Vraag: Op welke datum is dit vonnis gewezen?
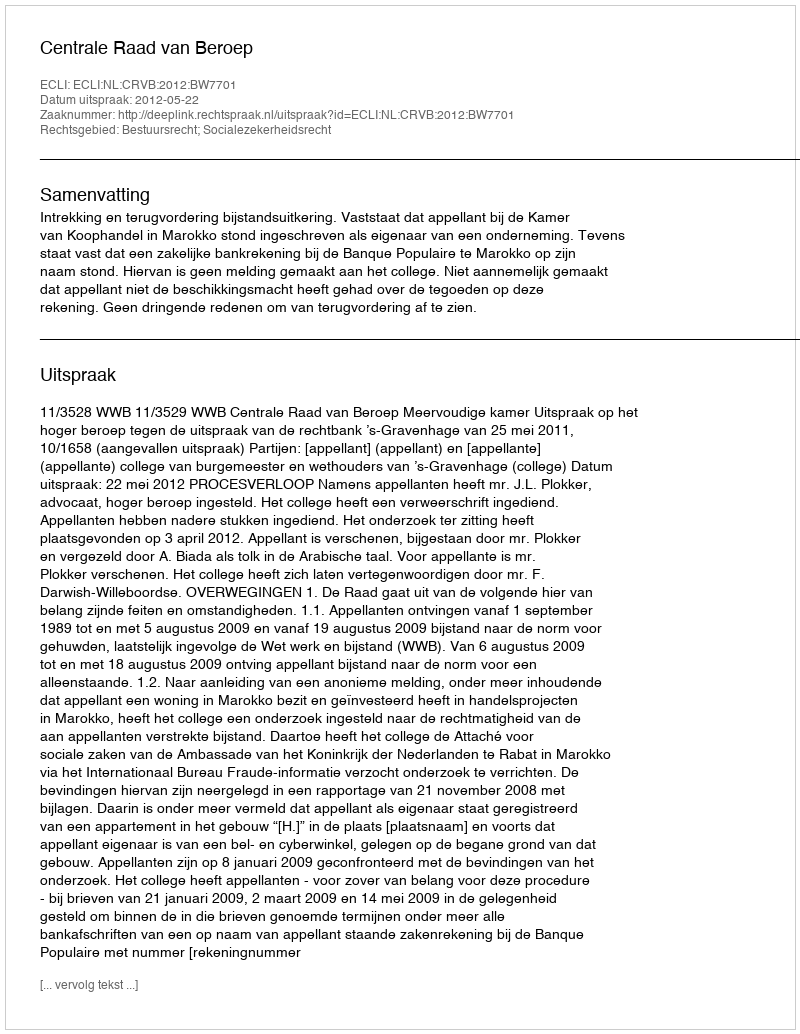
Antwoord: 2012-05-22